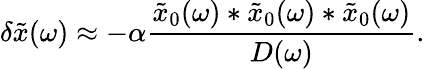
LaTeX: \delta\tilde{x}(\omega)\approx-\alpha\frac{\tilde{x}_{0}(\omega)*\tilde{x}_{0}(\omega)*\tilde{x}_{0}(\omega)}{D(\omega)}.